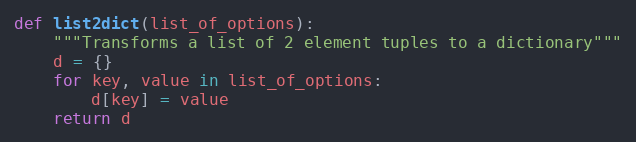
Language: Python
def list2dict(list_of_options):
    """Transforms a list of 2 element tuples to a dictionary"""
    d = {}
    for key, value in list_of_options:
        d[key] = value
    return d